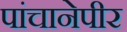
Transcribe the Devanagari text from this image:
पांचानेपीर